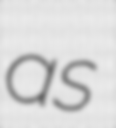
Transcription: as